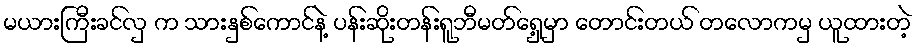
မယားကြီးခင်လှ က သားနှစ်ကောင်နဲ့ ပန်းဆိုးတန်းရူဘီမတ်ရှေ့မှာ တောင်းတယ် တလောကမှ ယူထားတဲ့